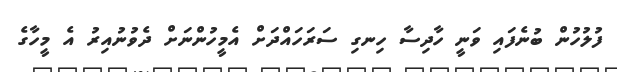
ފުލުހުން ބުނެފައި ވަނީ ހާދިސާ ހިނގި ސަރަހައްދަށް އެމީހުންނަށް ދެވުނުއިރު އެ މީހާގެ